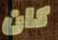
كان